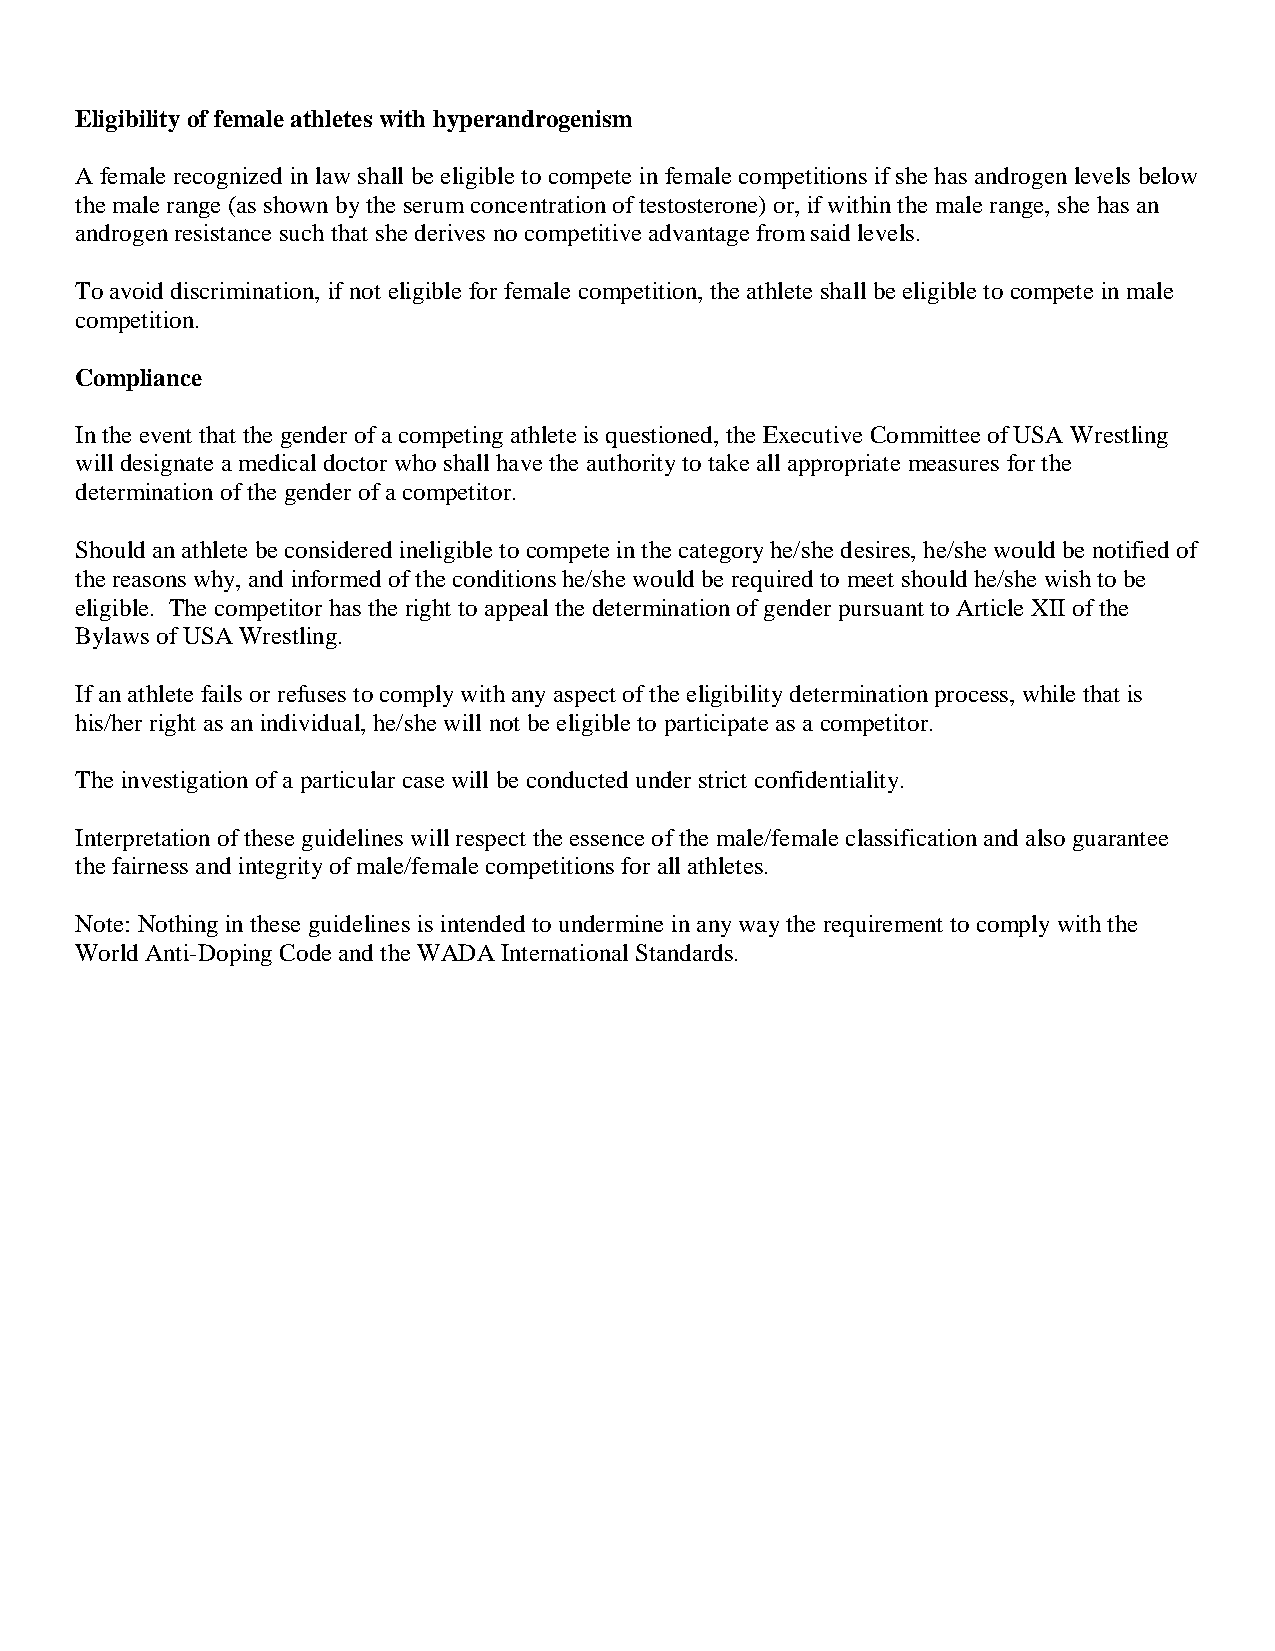
Eligibility of female athletes with hyperandrogenism
 A female recognized in law shall be eligible to compete in female competitions if she has androgen levels below
 the male range (as shown by the serum concentration of testosterone) or, if within the male range, she has an
 androgen resistance such that she derives no competitive advantage from said levels.
 To avoid discrimination, if not eligible for female competition, the athlete shall be eligible to compete in male
 competition.
 Compliance
 In the event that the gender of a competing athlete is questioned, the Executive Committee of USA Wrestling
 will designate a medical doctor who shall have the authority to take all appropriate measures for the
 determination of the gender of a competitor.
 Should an athlete be considered ineligible to compete in the category he/she desires, he/she would be notified of
 the reasons why, and informed of the conditions he/she would be required to meet should he/she wish to be
 eligible. The competitor has the right to appeal the determination of gender pursuant to Article XII of the
 Bylaws of USA Wrestling.
 If an athlete fails or refuses to comply with any aspect of the eligibility determination process, while that is
 his/her right as an individual, he/she will not be eligible to participate as a competitor.
 The investigation of a particular case will be conducted under strict confidentiality.
 Interpretation of these guidelines will respect the essence of the male/female classification and also guarantee
 the fairness and integrity of male/female competitions for all athletes.
 Note: Nothing in these guidelines is intended to undermine in any way the requirement to comply with the
 World Anti-Doping Code and the WADA International Standards.